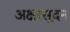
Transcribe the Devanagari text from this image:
अक्षरसूदन